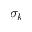
\sigma _ { k }